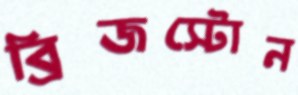
ব্রিজস্টোন